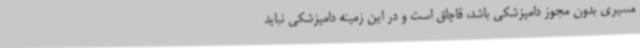
مسیری بدون مجوز دامپزشکی باشد، قاچاق است و در این زمینه دامپزشکی نباید